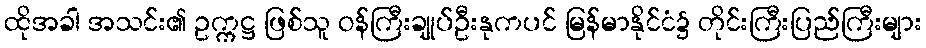
ထိုအခါ အသင်း၏ ဥက္ကဋ္ဌ ဖြစ်သူ ဝန်ကြီးချုပ်ဦးနုကပင် မြန်မာနိုင်ငံ၌ တိုင်းကြီးပြည်ကြီးများ